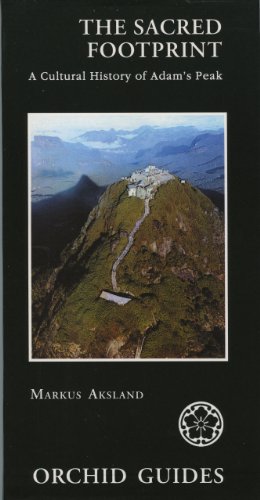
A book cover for The Sacred Footprint (Orchid Guides); Markus Aksland; Travel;